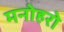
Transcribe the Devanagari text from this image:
मनोहरो